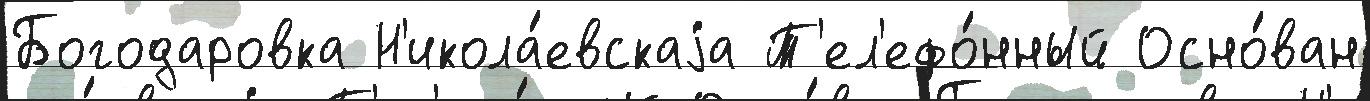
Богодаровка Н'икола́евскаjа Т'ел'ефо́нный Осно́ван